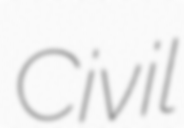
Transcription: Civil